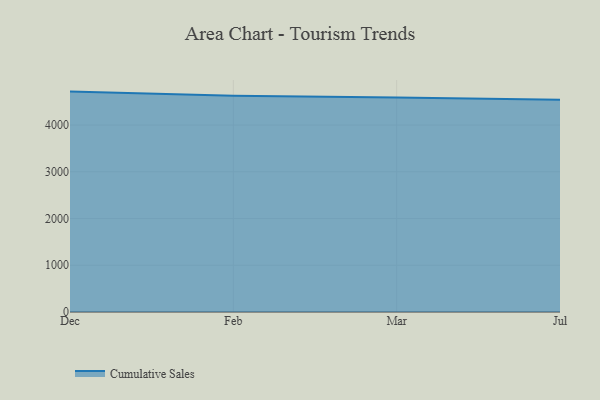
{"axis": {"x": "Month", "y": "Budget (USD K)"}, "legend": ["Cumulative Sales"], "data": [{"x": "Dec", "y": 4715.8, "type": "Cumulative Sales"}, {"x": "Feb", "y": 4625.7, "type": "Cumulative Sales"}, {"x": "Mar", "y": 4590.5, "type": "Cumulative Sales"}, {"x": "Jul", "y": 4539.9, "type": "Cumulative Sales"}]}